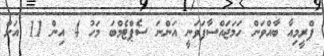
ޕްރީމިއާ ބާއްވަން ހަމަޖައްސާފަވަނީ އަންނަ ސެޕްޓެމްބަ މަހު 4 އިން 11 އަށް